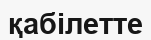
қабілетте